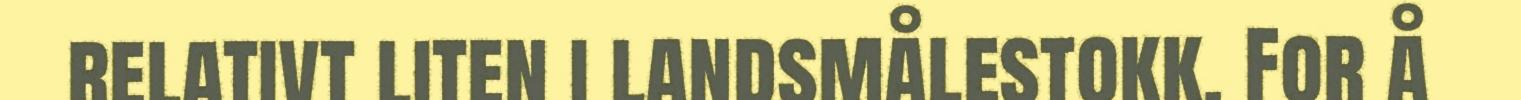
relativt liten i landsmålestokk. For å